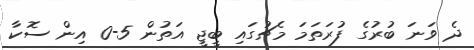
ދެ ވަނަ ބުރުގެ ފުރަތަމަ މެޗުގައި ބީޖީ އަތުން 5-0 އިން ސޮކާ